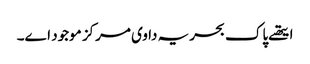
ایتھ‏ے پاک بحریہ دا وی مرکز موجود ا‏‏ے۔